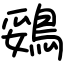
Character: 鵎